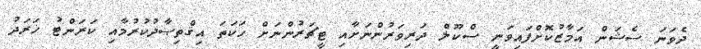
ދެވަނަ ސެޝަން އަމާޒުކޮށްފައިވަނީ ސްކޫލް ދަރިވަރުންނަށާއި ޓީޗަރުންނަށް ހަކަތަ އިޤްތިޞާދުކުރުމާއި ކަރަންޓު ޚަރަދު